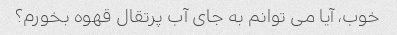
خوب، آیا می توانم به جای آب پرتقال قهوه بخورم؟